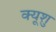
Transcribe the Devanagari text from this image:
क्यूशु